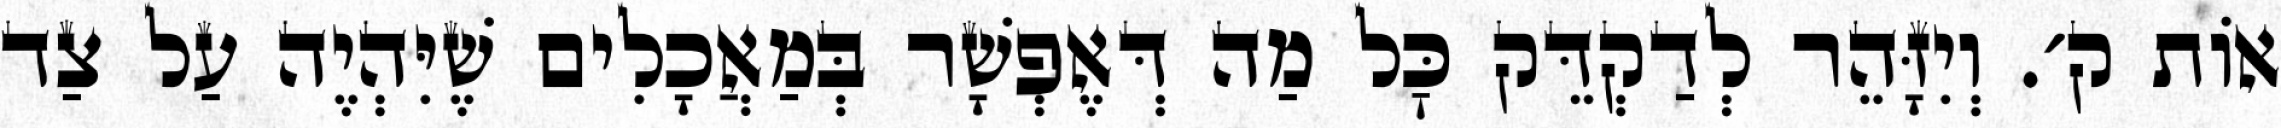
אוֹת ק׳. וְיִזָּהֵר לְדַקְדֵּק כׇּל מַה דְּאֶפְשָׁר בְּמַאֲכָלִים שֶׁיִּהְיֶה עַל צַד